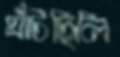
ঘাঁটছিলি